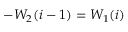
- W _ { 2 } ( i - 1 ) = W _ { 1 } ( i )